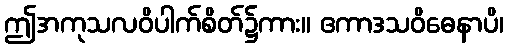
ဤအကုသလဝိပါက်စိတ်၌ကား။ ဧကာဒသဝိဓေနာပိ၊